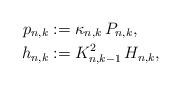
LaTeX: \begin{align*}p_{n,k} & :=\kappa_{n,k}\,P_{n,k},\\h_{n,k} & := K_{n,k-1}^{2}\,H_{n,k},\end{align*}